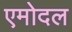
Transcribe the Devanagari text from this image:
एमोदल